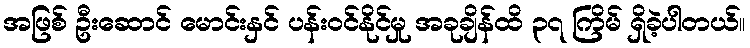
အဖြစ် ဦးဆောင် မောင်းနှင် ပန်းဝင်နိုင်မှု အခုချိန်ထိ ၃၇ ကြိမ် ရှိခဲ့ပါတယ်။